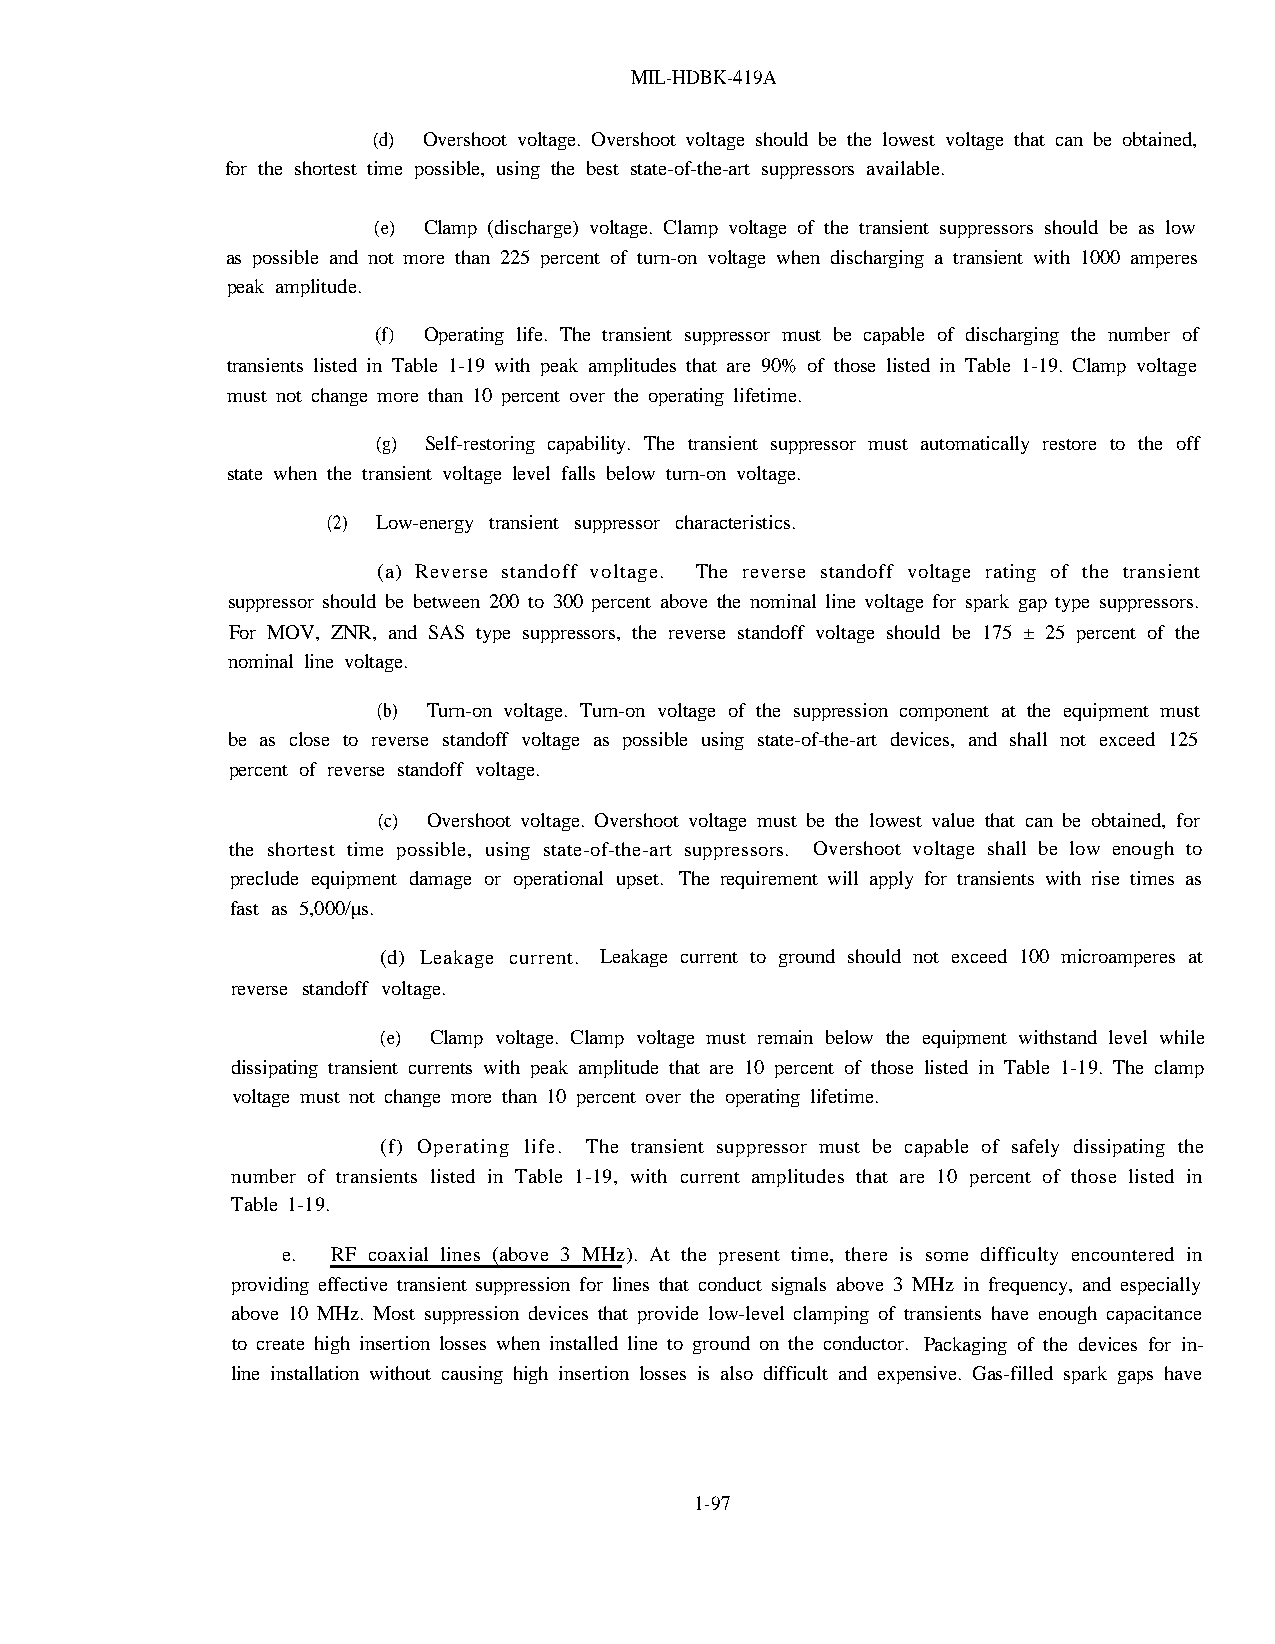
MIL-HDBK-419A
 (d) Overshoot voltage. Overshoot voltage should be the lowest voltage that can be obtained,
 for the shortest time possible, using the best state-of-the-art suppressors available.
 (e) Clamp (discharge) voltage. Clamp voltage of the transient suppressors should be as low
 as possible and not more than 225 percent of turn-on voltage when discharging a transient with 1000 amperes
 peak amplitude.
 (f) Operating life. The transient suppressor must be capable of discharging the number of
 transients listed in Table 1-19 with peak amplitudes that are 90% of those listed in Table 1-19. Clamp voltage
 must not change more than 10 percent over the operating lifetime.
 (g) Self-restoring capability. The transient suppressor must automatically restore to the off
 state when the transient voltage level falls below turn-on voltage.
 (2) Low-energy transient suppressor characteristics.
 (a) Reverse standoff voltage. The reverse standoff voltage rating of the transient
 suppressor should be between 200 to 300 percent above the nominal line voltage for spark gap type suppressors.
 For MOV, ZNR, and SAS type suppressors, the reverse standoff voltage should be 175 ± 25 percent of the
 nominal line voltage.
 (b) Turn-on voltage. Turn-on voltage of the suppression component at the equipment must
 be as close to reverse standoff voltage as possible using state-of-the-art devices, and shall not exceed 125
 percent of reverse standoff voltage.
 (c) Overshoot voltage. Overshoot voltage must be the lowest value that can be obtained, for
 the shortest time possible, using state-of-the-art suppressors. Overshoot voltage shall be low enough to
 preclude equipment damage or operational upset. The requirement will apply for transients with rise times as
 fast as 5,000/µs.
 (d) Leakage current. Leakage current to ground should not exceed 100 microamperes at
 reverse standoff voltage.
 (e) Clamp voltage. Clamp voltage must remain below the equipment withstand level while
 dissipating transient currents with peak amplitude that are 10 percent of those listed in Table 1-19. The clamp
 voltage must not change more than 10 percent over the operating lifetime.
 (f) Operating life. The transient suppressor must be capable of safely dissipating the
 number of transients listed in Table 1-19, with current amplitudes that are 10 percent of those listed in
 Table 1-19.
 e. RF coaxial lines (above 3 MHz). At the present time, there is some difficulty encountered in
 providing effective transient suppression for lines that conduct signals above 3 MHz in frequency, and especially
 above 10 MHz. Most suppression devices that provide low-level clamping of transients have enough capacitance
 to create high insertion losses when installed line to ground on the conductor. Packaging of the devices for in-
 line installation without causing high insertion losses is also difficult and expensive. Gas-filled spark gaps have
 1-97